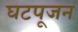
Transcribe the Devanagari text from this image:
घटपूजन